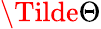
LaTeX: \Tilde{\Theta}